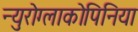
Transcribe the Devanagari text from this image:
न्युरोग्लाकोपिनिया